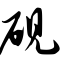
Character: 砚